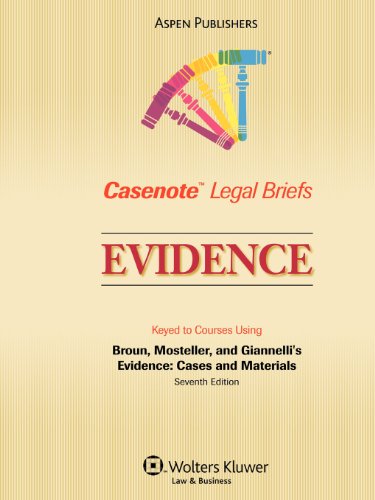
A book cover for Casenote Legal Briefs: Evidence, Keyed to Broun, Mosteller and Gianelli, Third Edition; Casenote Legal Briefs Casenote Legal Briefs; Law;